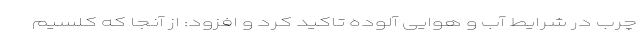
چرب در شرایط آب و هوایی آلوده تاکید کرد و افزود: از آنجا که کلسیم